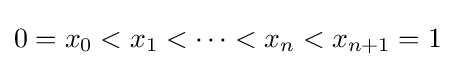
0=x_{0}<x_{1}<\cdots <x_{n}<x_{n+1}=1